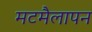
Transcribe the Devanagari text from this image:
मटमैलापन